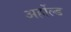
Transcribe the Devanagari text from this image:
अर्होल्ड